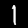
Digit: 1